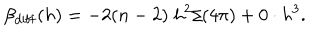
\beta _ { \mathrm { d i f f } } ( h ) = - 2 ( n - 2 ) ~ h ^ { 2 } / ( 4 \pi ) + 0 \cdot h ^ { 3 } .